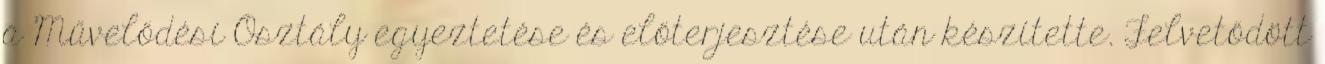
a Művelődési Osztály egyeztetése és előterjesztése után készítette. Felvetődött